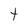
Character: t